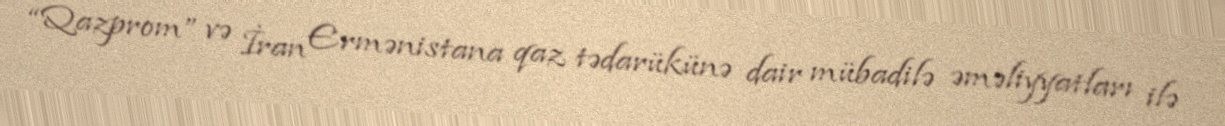
“Qazprom” və İran Ermənistana qaz tədarükünə dair mübadilə əməliyyatları ilə